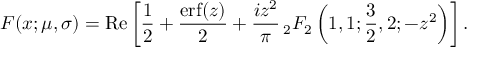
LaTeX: F ( x ; \mu , \sigma ) = \operatorname { R e } \left[ { \frac { 1 } { 2 } } + { \frac { \operatorname { e r f } ( z ) } { 2 } } + { \frac { i z ^ { 2 } } { \pi } } \, _ { 2 } F _ { 2 } \left( 1 , 1 ; { \frac { 3 } { 2 } } , 2 ; - z ^ { 2 } \right) \right] .